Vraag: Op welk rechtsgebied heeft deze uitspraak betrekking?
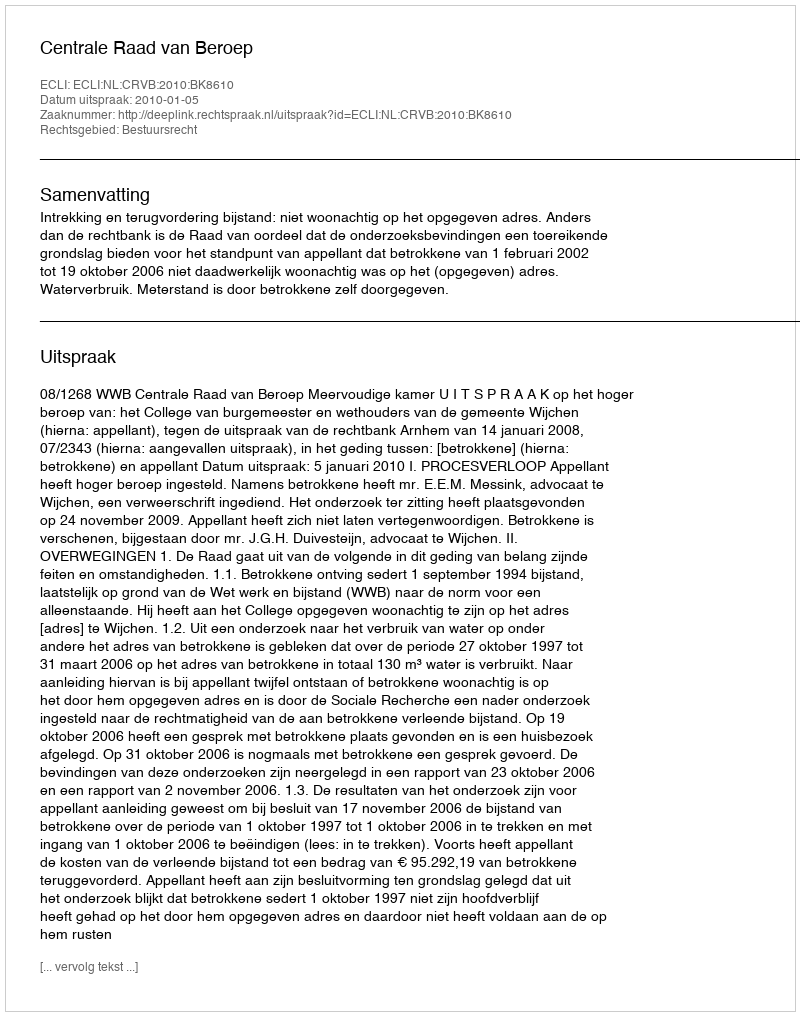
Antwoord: Bestuursrecht